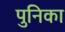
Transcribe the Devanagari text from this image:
पुनिका